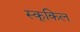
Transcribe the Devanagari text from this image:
स्कूकिल